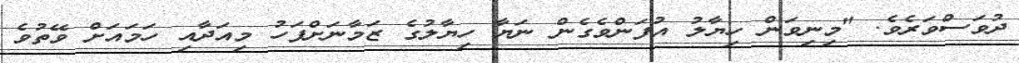
ދުވަސްވަރެވެ. "މިނިވަން ހިޔާލު އުފަންވެގެން ނަޔާ ހިޔާލުގެ ޒަމާނަށްފަހު މިއަދާއި ހަމައަށް ވޭތުވެ